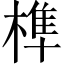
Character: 榫